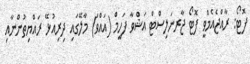
ފޮޓޯ: ރާއްޖެއެމްވީ ފޮޓޯ ޖާރނަލިސްޓް އަޝްވާ ފަހީމް (އައްވަ) މާލޭގައި ދިރިއުޅޭ ރައްޔިތުންނާއި